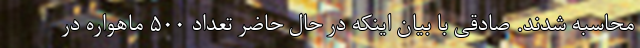
محاسبه شدند. صادقی با بیان اینکه در حال حاضر تعداد ۵۰۰ ماهواره در